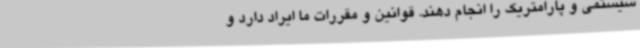
سیستمی و پارامتریک را انجام دهند. قوانین و مقررات ما ایراد دارد و